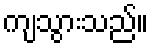
ကျသွားသည်။